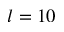
l = 1 0